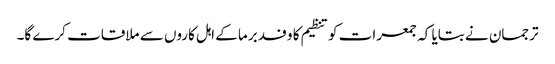
ترجمان نے بتایا کہ جمعرات کو تنظیم کا وفد برما کے اہل کاروں سے ملاقات کرے گا۔